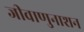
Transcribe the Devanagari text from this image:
जीवाणुनाशन